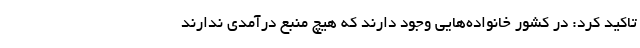
تاکید کرد: در کشور خانواده‌هایی وجود دارند که هیچ منبع درآمدی ندارند